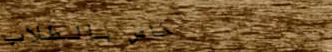
خاص بالطلاب